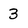
Character: 3